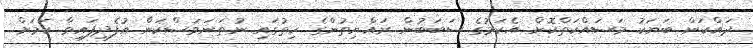
ދައްކަން ބަޔަކު މަސައްކަތްކޮށް އެކަމުގެ ސަބަބުން ރައްޔިތުންގެ ހިތުގައި ނުތަނަވަސްކަން އުފެދިފައިވާ ކަމަށް